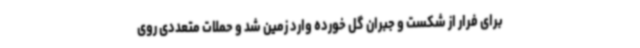
برای فرار از شکست و جبران گل خورده وارد زمین شد و حملات متعددی روی